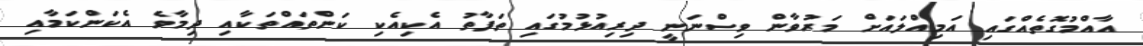
އާއްމުގޮތެއްގައި އަމިއްލައަށް މަރުވާން ވިސްނަނީ ދިރިއުޅުމުގައި ތަފާތު އެކިއެކި ކަންތައްތަކާއި ދިމާވެ އެކަންކަމާއި